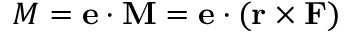
M = \mathbf { e } \cdot \mathbf { M } = \mathbf { e } \cdot ( \mathbf { r } \times \mathbf { F } )